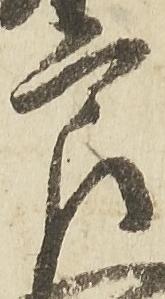
良